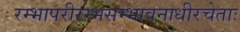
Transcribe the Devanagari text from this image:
रम्भापरीरम्भसम्भावनाधीरचेताः